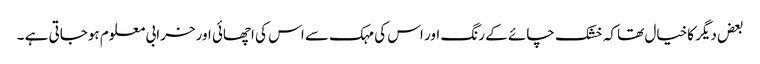
بعض دیگر کاخیال تھا کہ خشک چائے کے رنگ اور اس کی مہک سے اس کی اچھائی اورخرابی معلوم ہوجاتی ہے ۔